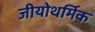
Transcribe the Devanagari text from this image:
जीयोथर्मिक